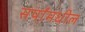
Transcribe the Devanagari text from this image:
सर्पांमधील